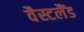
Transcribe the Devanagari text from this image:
वैस्टलैंड